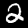
Label: 2